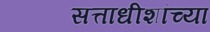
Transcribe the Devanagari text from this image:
सत्ताधीशांच्या